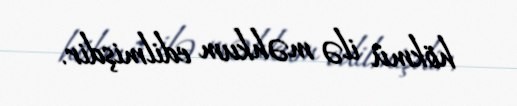
hökmü ilə məhkum edilmişdir.